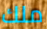
ملك